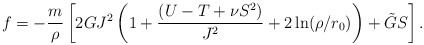
\begin{align*}f = -\frac{m}{\rho} \left[ 2GJ^2\left(1 + \frac{(U-T + \nu S^2 )}{J^2} + 2\ln(\rho/r_0) \right) + \tilde G S\right]. \end{align*}